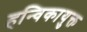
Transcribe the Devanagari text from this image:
हन्विकायुक्त